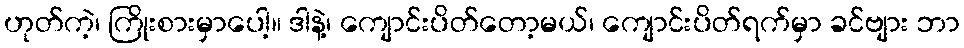
ဟုတ်ကဲ့၊ ကြိုးစားမှာပေါ့။ ဒါနဲ့၊ ကျောင်းပိတ်တော့မယ်၊ ကျောင်းပိတ်ရက်မှာ ခင်ဗျား ဘာ